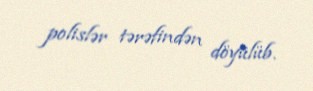
polislər tərəfindən döyülüb.